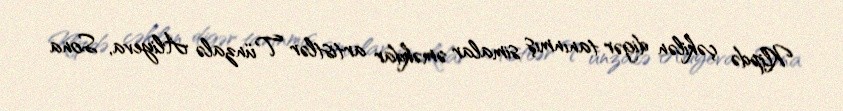
Klipdə çəkilən digər tanınmış simalar əməkdar artistlər Tünzalə Aliyeva, Sona